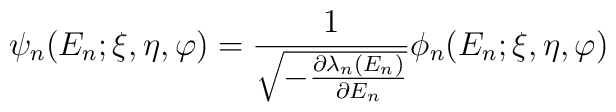
\psi_{n}(E_{n}; \xi,\eta,\varphi ) = \frac{1}{\sqrt{-\frac{\partial \lambda_{n}(E_{n})}{\partial E_{n}}}}\phi_{n}(E_{n}; \xi,\eta,\varphi )